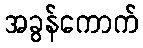
အခွန်ကောက်